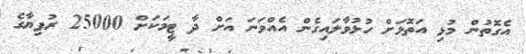
އެގޮތުން މުޅި އަތޮޅަށް ހުޅުވާލައިގެން އެއްވަނަ އަށް ދާ ޓީމަކަށް 25000 ރުފިޔާގެ